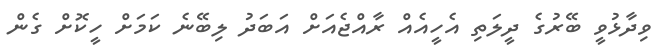
ވިދާޅުވީ ބޭރުގެ ދީލަތި އެހީއެއް ރާއްޖެއަށް އަބަދު ލިބޭނެ ކަމަށް ހީކޮށް ގެން